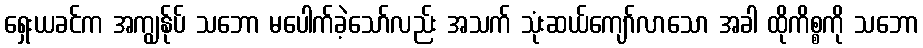
ရှေးယခင်က အကျွန်ုပ် သဘော မပေါက်ခဲ့သော်လည်း အသက် သုံးဆယ်ကျော်လာသော အခါ ထိုကိစ္စကို သဘော